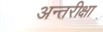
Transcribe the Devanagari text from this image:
अन्तरीक्षा